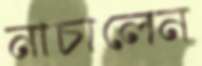
নাচালেন